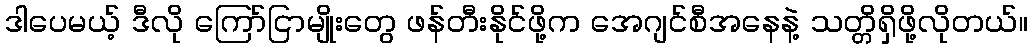
ဒါပေမယ့် ဒီလို ကြော်ငြာမျိုးတွေ ဖန်တီးနိုင်ဖို့က အေဂျင်စီအနေနဲ့ သတ္တိရှိဖို့လိုတယ်။